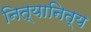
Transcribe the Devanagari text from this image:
नित्यानित्य